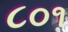
૮૦૧